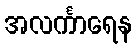
အလင်္ကာရေန